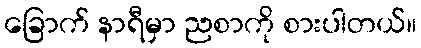
ခြောက် နာရီမှာ ညစာကို စားပါတယ်။